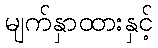
မျက်နှာထားနှင့်